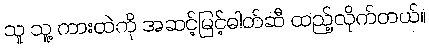
သူ သူ့ ကားထဲကို အဆင့်မြင့်ဓါတ်ဆီ ထည့်လိုက်တယ်။